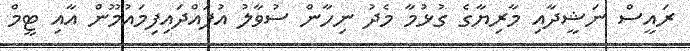
ރައީސް ނަޝީދާއި މާރިޔާގެ ގުޅުމާ މެދު ނިހާން ސުވާލު އުފައްދައިފިމައުމޫން އާއި ޓީމް